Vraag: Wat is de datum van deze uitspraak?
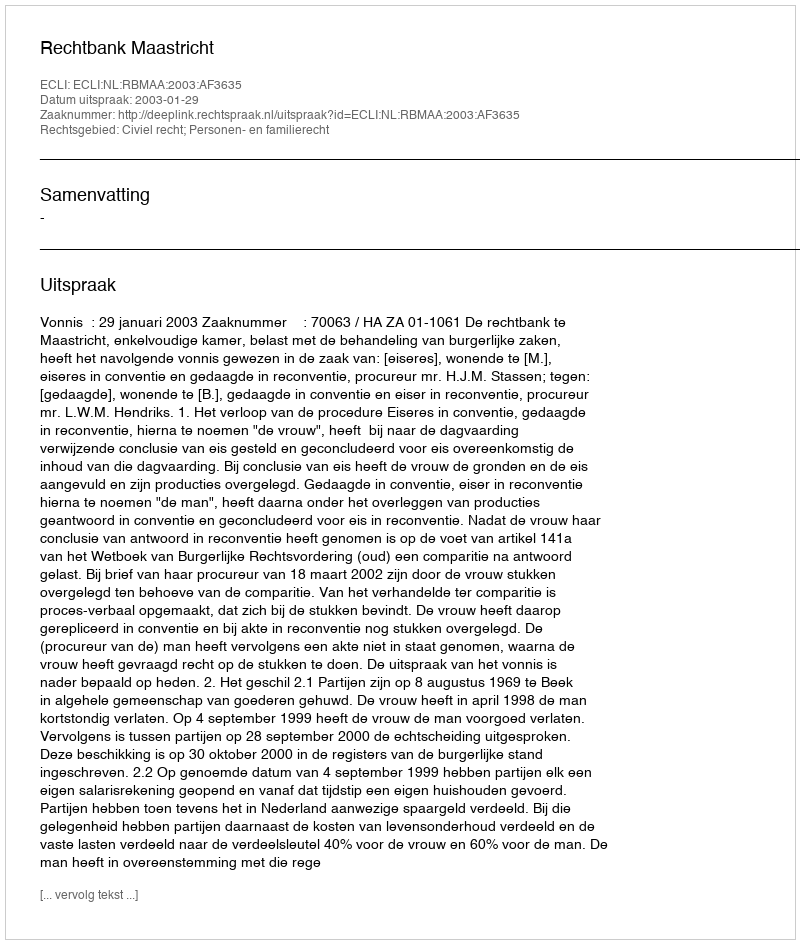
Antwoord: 2003-01-29